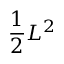
\frac 1 2 L ^ { 2 }